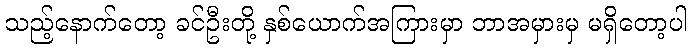
သည့်နောက်တော့ ခင်ဦးတို့ နှစ်ယောက်အကြားမှာ ဘာအမှားမှ မရှိတော့ပါ